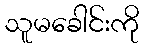
သူမခေါင်းကို